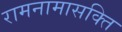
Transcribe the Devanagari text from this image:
रामनामासक्ति